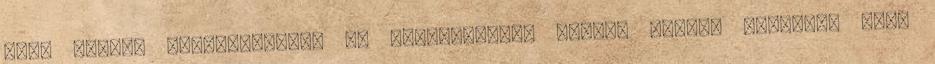
lesz minden szörnyűségnek és badarságnak, melyre valaha gondolt, vagy